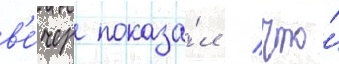
в'е́чер показа́л / что́